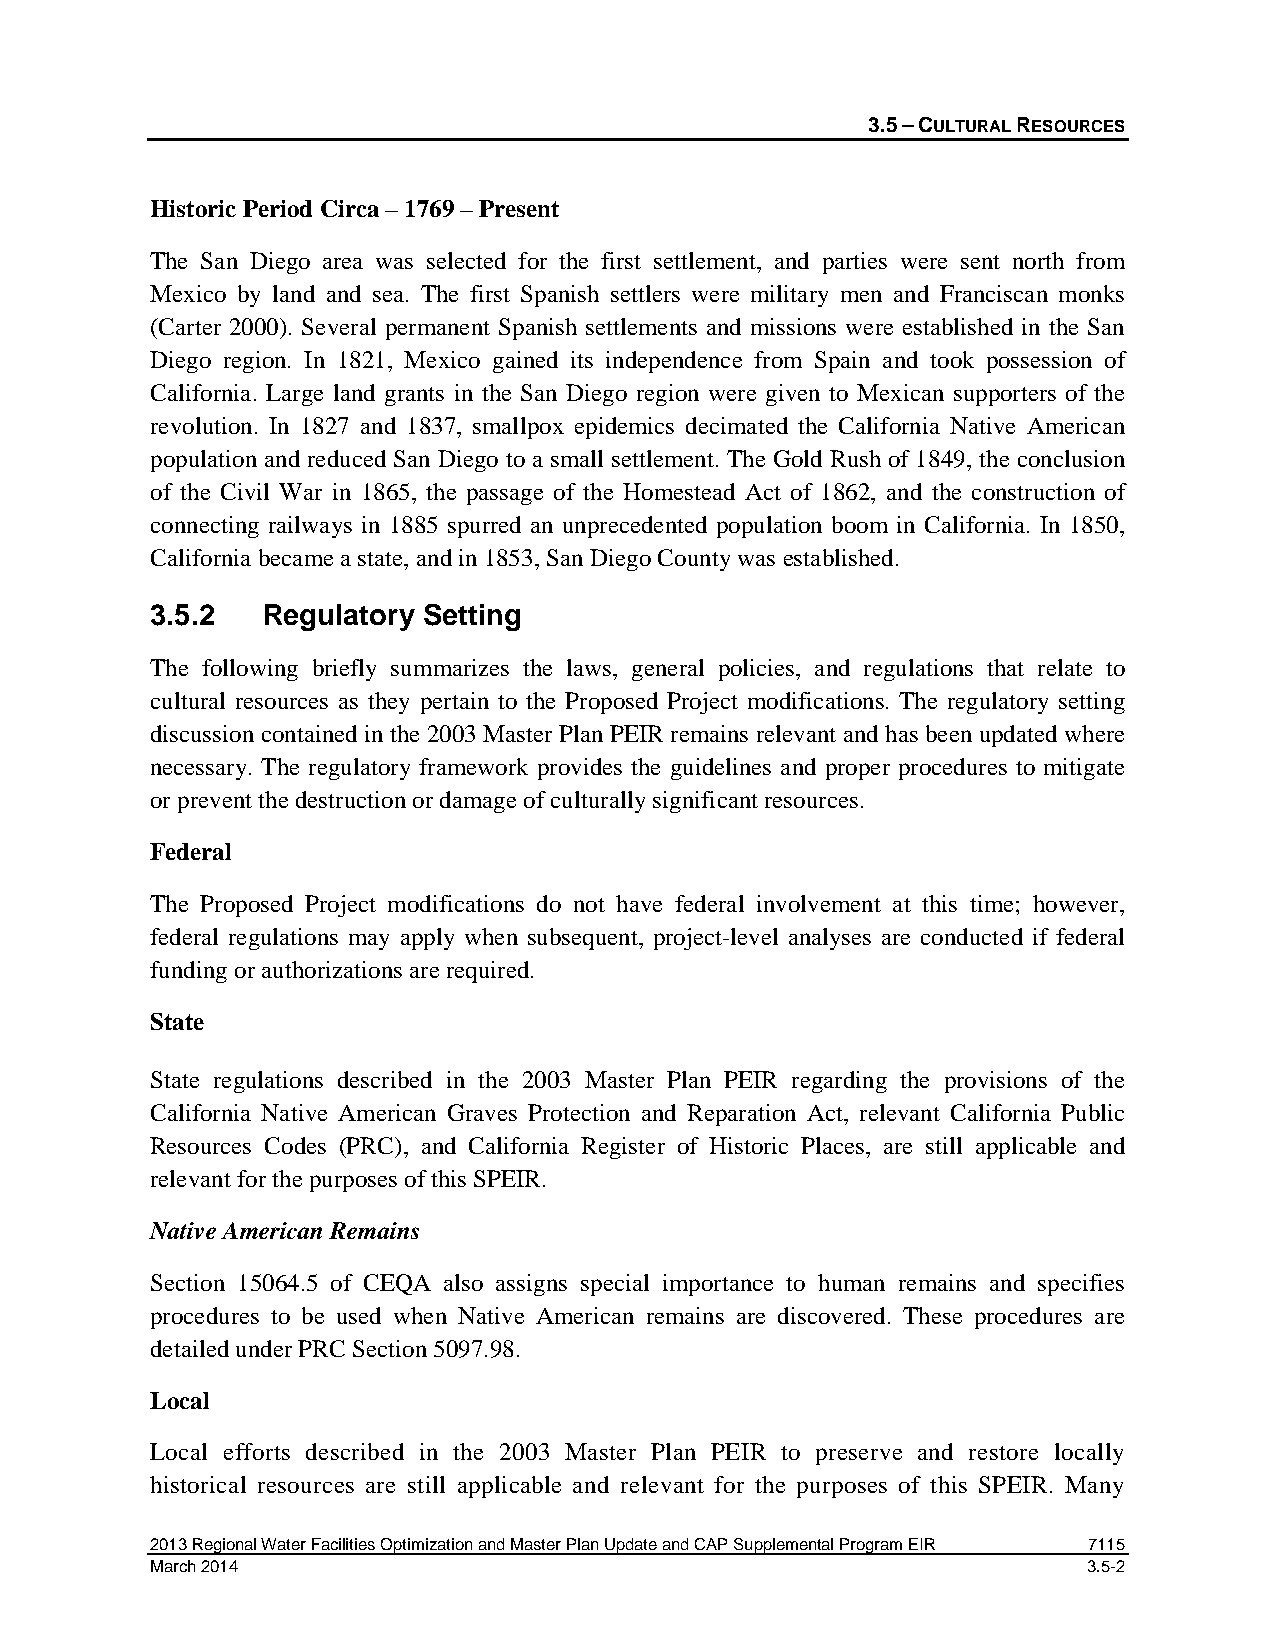
3.5 – CULTURAL RESOURCES
 Historic Period Circa – 1769 – Present
 The San Diego area was selected for the first settlement, and parties were sent north from
 Mexico by land and sea. The first Spanish settlers were military men and Franciscan monks
 (Carter 2000). Several permanent Spanish settlements and missions were established in the San
 Diego region. In 1821, Mexico gained its independence from Spain and took possession of
 California. Large land grants in the San Diego region were given to Mexican supporters of the
 revolution. In 1827 and 1837, smallpox epidemics decimated the California Native American
 population and reduced San Diego to a small settlement. The Gold Rush of 1849, the conclusion
 of the Civil War in 1865, the passage of the Homestead Act of 1862, and the construction of
 connecting railways in 1885 spurred an unprecedented population boom in California. In 1850,
 California became a state, and in 1853, San Diego County was established.
 3.5.2  Regulatory Setting
 The following briefly summarizes the laws, general policies, and regulations that relate to
 cultural resources as they pertain to the Proposed Project modifications. The regulatory setting
 discussion contained in the 2003 Master Plan PEIR remains relevant and has been updated where
 necessary. The regulatory framework provides the guidelines and proper procedures to mitigate
 or prevent the destruction or damage of culturally significant resources.
 Federal
 The Proposed Project modifications do not have federal involvement at this time; however,
 federal regulations may apply when subsequent, project-level analyses are conducted if federal
 funding or authorizations are required.
 State
 State regulations described in the 2003 Master Plan PEIR regarding the provisions of the
 California Native American Graves Protection and Reparation Act, relevant California Public
 Resources Codes (PRC), and California Register of Historic Places, are still applicable and
 relevant for the purposes of this SPEIR.
 Native American Remains
 Section 15064.5 of CEQA also assigns special importance to human remains and specifies
 procedures to be used when Native American remains are discovered. These procedures are
 detailed under PRC Section 5097.98.
 Local
 Local efforts described in the 2003 Master Plan PEIR to preserve and restore locally
 historical resources are still applicable and relevant for the purposes of this SPEIR. Many
 2013 Regional Water Facilities Optimization and Master Plan Update and CAP Supplemental Program EIR 7115
 March 2014                                                    3.5-2